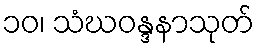
၁၀၊ သံဃဝန္ဒနာသုတ်